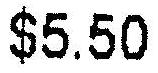
$5.50